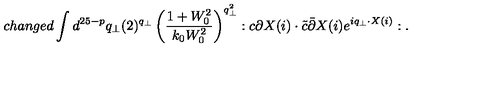
c h a n g e d \int d ^ { 2 5 - p } q _ { \bot } ( 2 ) ^ { q _ { \bot } } \left( \frac { 1 + W _ { 0 } ^ { 2 } } { k _ { 0 } W _ { 0 } ^ { 2 } } \right) ^ { q _ { \bot } ^ { 2 } } : c \partial X ( i ) \cdot \tilde { c } \bar { \partial } X ( i ) e ^ { i q _ { \bot } \cdot X ( i ) } : .